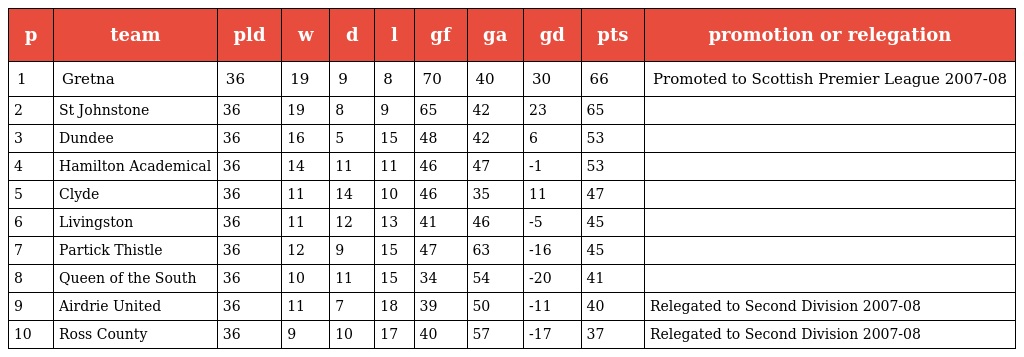
| p | team | pld | w | d | l | gf | ga | gd | pts | promotion or relegation |
 | --- | --- | --- | --- | --- | --- | --- | --- | --- | --- | --- |
 | 1 | Gretna | 36 | 19 | 9 | 8 | 70 | 40 | 30 | 66 | Promoted to Scottish Premier League 2007-08 |
 | 2 | St Johnstone | 36 | 19 | 8 | 9 | 65 | 42 | 23 | 65 |  |
 | 3 | Dundee | 36 | 16 | 5 | 15 | 48 | 42 | 6 | 53 |  |
 | 4 | Hamilton Academical | 36 | 14 | 11 | 11 | 46 | 47 | -1 | 53 |  |
 | 5 | Clyde | 36 | 11 | 14 | 10 | 46 | 35 | 11 | 47 |  |
 | 6 | Livingston | 36 | 11 | 12 | 13 | 41 | 46 | -5 | 45 |  |
 | 7 | Partick Thistle | 36 | 12 | 9 | 15 | 47 | 63 | -16 | 45 |  |
 | 8 | Queen of the South | 36 | 10 | 11 | 15 | 34 | 54 | -20 | 41 |  |
 | 9 | Airdrie United | 36 | 11 | 7 | 18 | 39 | 50 | -11 | 40 | Relegated to Second Division 2007-08 |
 | 10 | Ross County | 36 | 9 | 10 | 17 | 40 | 57 | -17 | 37 | Relegated to Second Division 2007-08 |